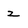
Character: z